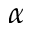
\alpha